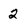
Character: 2